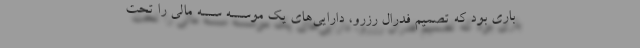
باری بود كه تصمیم فدرال رزرو، دارایی‌های یك موسسه سسه مالی را تحت